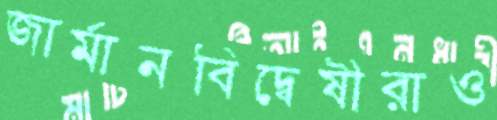
জার্মানবিদ্বেষীরাও